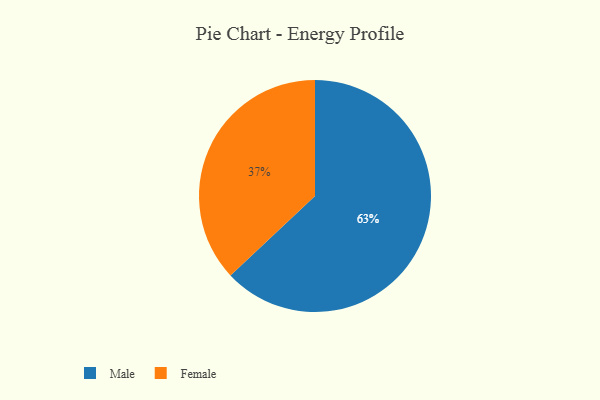
{"axis": {"x": "Category", "y": "Percentage"}, "legend": ["Female", "Male"], "data": [{"x": "Female", "y": 37, "type": "Female"}, {"x": "Male", "y": 63, "type": "Male"}]}